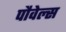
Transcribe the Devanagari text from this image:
पौवेल्स